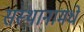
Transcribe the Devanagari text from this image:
संस्थानामधे